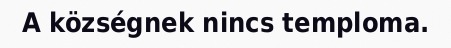
A községnek nincs temploma.